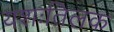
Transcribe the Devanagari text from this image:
यशःतिलक